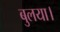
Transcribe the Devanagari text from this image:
बुलया।